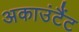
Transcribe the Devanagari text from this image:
अकाउंटैंट